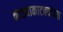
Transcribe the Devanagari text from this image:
काड्याकाटक्यांच्या